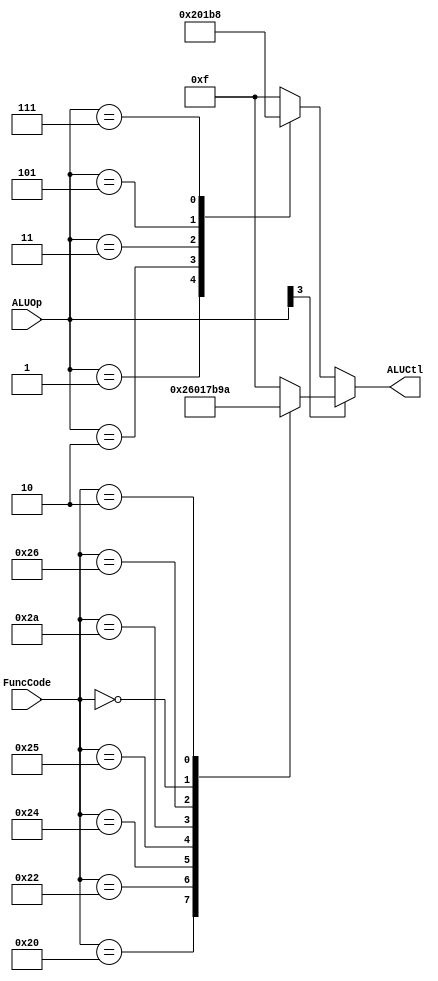
module ALUControl(
    input [3:0] ALUOp,
    input [5:0] FuncCode,
    output reg [3:0] ALUCtl
);

    always @ (*) begin
        if (ALUOp[3]) begin // R-type
            case (FuncCode)
                6'b10_0000: ALUCtl <= 4'b0010; // add
                6'b10_0010: ALUCtl <= 4'b0110; // sub
                6'b10_0100: ALUCtl <= 4'b0000; // and
                6'b10_0101: ALUCtl <= 4'b0001; // or
                6'b10_1010: ALUCtl <= 4'b0111; // slt
                6'b10_0110: ALUCtl <= 4'b1011; // xor
                6'b00_0000: ALUCtl <= 4'b1001; // sll
                6'b00_0010: ALUCtl <= 4'b1010; // srl
                default: ALUCtl <= 4'b1111;
            endcase
        end
        else begin
            case (ALUOp)
                4'b0001: ALUCtl <= 4'b0010; // addi addiu beq bne
                4'b0010: ALUCtl <= 4'b0000; // andi
                4'b0011: ALUCtl <= 4'b0001; // ori
                4'b0101: ALUCtl <= 4'b1011; // xori
                4'b0111: ALUCtl <= 4'b1000; // lui
                default: ALUCtl <= 4'b1111;
            endcase
        end
    end

endmodule